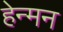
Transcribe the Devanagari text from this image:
हेन्मन